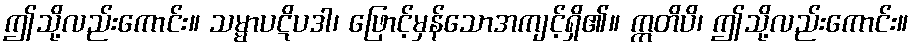
ဤသို့လည်းကောင်း။ သမ္မာပဋိပဒါ၊ ဖြောင့်မှန်သောအကျင့်ရှိ၏။ ဣတိပိ၊ ဤသို့လည်းကောင်း။